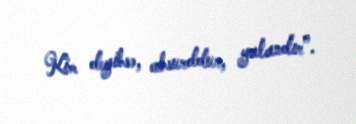
Kim deyibsə, absurddur, yalandır”.